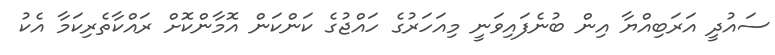
ސައުދީ އަރަބިއްޔާ އިން ބުނެފައިވަނީ މިއަހަރުގެ ހައްޖުގެ ކަންކަން އޮމާންކޮށް ރައްކާތެރިކަމާ އެކު